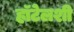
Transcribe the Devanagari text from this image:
हॉटेलशी